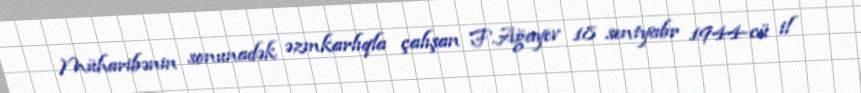
Müharibənin sonunadək əzmkarlıqla çalışan F.Ağayev 18 sentyabr 1944-cü il